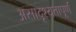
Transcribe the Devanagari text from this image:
असादृश्यतापूर्ण